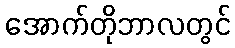
အောက်တိုဘာလတွင်